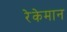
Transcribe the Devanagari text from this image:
रेकेमान